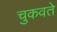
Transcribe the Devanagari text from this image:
चुकवते